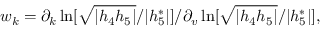
w _ { k } = \partial _ { k } \ln [ \sqrt { | h _ { 4 } h _ { 5 } | } / | h _ { 5 } ^ { \ast } | ] / \partial _ { v } \ln [ \sqrt { | h _ { 4 } h _ { 5 } | } / | h _ { 5 } ^ { \ast } | ] ,